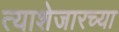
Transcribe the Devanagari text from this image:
त्याशेजारच्या